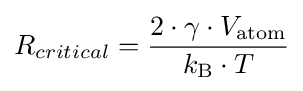
R_{critical}={\frac {2\cdot \gamma \cdot V_{\rm {atom}}}{k_{\rm {B}}\cdot T}}